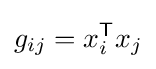
g_{ij}=x_{i}^{\textsf {T}}x_{j}